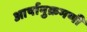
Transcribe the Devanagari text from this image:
आर्षानुक्रमणी